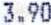
3.90